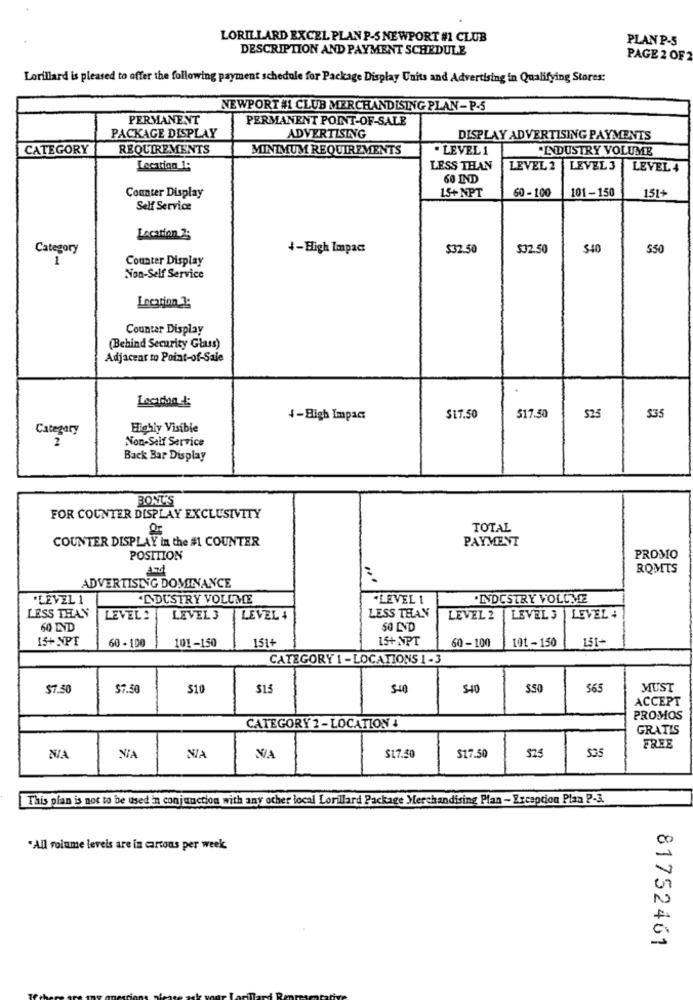
LORILLARD EXCEL PLAN P-S NEWPORT #1 CLUB
PLAN P-5
DESCRIPTION AND PAYMENT SCHEDULE
PAGE 2 OF 2
Lorillard is pleased to offer the following payment schedule for Package Display Units and Advertising in Qualifying Stores:
NEWPORT #1 CLUB MERCHANDISING PLAN- P-5
PERMANENT
PERMANENT POINT-OF-SALE
PACKAGE DISPLAY
ADVERTISING
DISPLAY ADVERTISING PAYMENTS
CATEGORY
REQUIREMENTS
MINIMUM REQUIREMENTS
· LEVEL 1
·INDUSTRY VOLUME
Location 1:
LESS THAN
LEVEL 2 LEVEL 3
LEVEL 4
60 IND
15+ NPT
60 -100
151+
Counter Display
101-150
Self Service
Location 2;
Category
+-High Impact:
$32.50
$32.50
$40
$50
1
Counter Display
Non-Self Service
Location 3:
Counter Display
(Behind Security Glass)
Adjacent to Point-of-Sale
Location :
4-Bigh Impact
$17.50
$17.50
$25
$35
Category
Highly Visible
2
Non-Self Service
Back Bar Display
BONUS
FOR COUNTER DISPLAY EXCLUSIVITY
TOTAL
PAYMENT
COUNTER DISPLAY in the #1 COUNTER
POSITION
PROMO
And
ROMTS
ADVERTISING DOMINANCE
"LEVEL 1
.L.DUSTRY VOLUME
"LEVEL 1
·INDUSTRY VOLUME
LESS THAN
LESS THAN
LEVEL:
LEVEL 3
LEVEL 4
LEVEL 2
LEVEL 3
LEVEL +
60 IND
SO END
15+ NPT
60 - 100
151+
15+NPT
60-100
151+
101-150
tot-150
CATEGORY 1 -LOCATIONS 1 -3
$7.50
$7.50
$10
$15
5-40
$40
$50
565
MUST
ACCEPT
PROMOS
CATEGORY 2 - LOCATION !
GRATIS
FREE
VIA
$17.50
$17.50
$25
535
This plan is not to be used in conjunction with any ocher local Lorillard Package Merchandising Plan - Excepcion Plan P-3.
"All volume levels are in cartons per week.
81752461